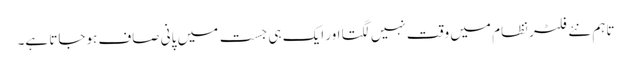
تاہم نئے فلٹر نظام میں وقت نہیں لگتا اور ایک ہی جست میں پانی صاف ہوجاتا ہے۔